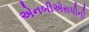
એનબીએસપીની